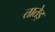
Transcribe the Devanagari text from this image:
तातेड़